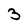
Character: 3